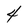
Character: 4